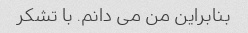
بنابراین من می دانم. با تشکر